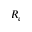
R _ { e }